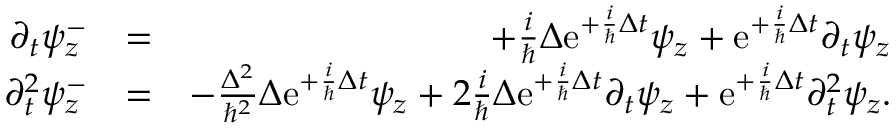
\begin{array} { r l r } { \partial _ { t } \psi _ { z } ^ { - } } & { = } & { + \frac { i } { \hbar } \Delta \mathrm { e } ^ { + \frac { i } { \hbar } \Delta t } \psi _ { z } + \mathrm { e } ^ { + \frac { i } { \hbar } \Delta t } \partial _ { t } \psi _ { z } } \\ { \partial _ { t } ^ { 2 } \psi _ { z } ^ { - } } & { = } & { - \frac { \Delta ^ { 2 } } { \hbar ^ { 2 } } \Delta \mathrm { e } ^ { + \frac { i } { \hbar } \Delta t } \psi _ { z } + 2 \frac { i } { \hbar } \Delta \mathrm { e } ^ { + \frac { i } { \hbar } \Delta t } \partial _ { t } \psi _ { z } + \mathrm { e } ^ { + \frac { i } { \hbar } \Delta t } \partial _ { t } ^ { 2 } \psi _ { z } . } \end{array}